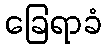
ခြေရာခံ